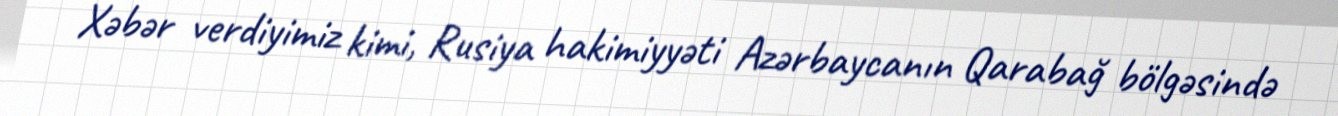
Xəbər verdiyimiz kimi, Rusiya hakimiyyəti Azərbaycanın Qarabağ bölgəsində